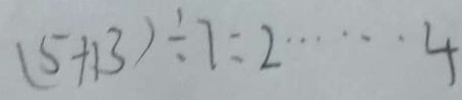
( 5 + 1 3 ) \div 7 = 2 \cdots 4